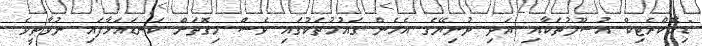
"ޑިމޮކްރެޓިކް އުސޫލުތަކާއި އަދި ދުނިޔޭގެ އެހެން ގައުމުތަކުގައި ވެސް މިގޮތަށް ކަނޑައަޅާފައި ނުވާތީވެ